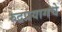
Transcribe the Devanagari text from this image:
रुद्रप्रयागचे